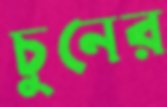
চুনের